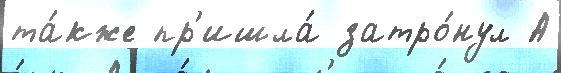
та́кже пр'ишла́ затро́нул А